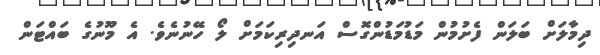
ދިމާލަށް ބަލަން ފެށުމުން މަޑުމަޑުންގޮސް އަނދިރިކަމަށް ލޯ ހޭނުނެވެ. އެ މޫނުގެ ބައްޓަން